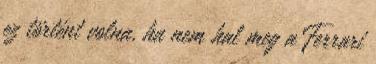
ez történt volna, ha nem hal meg a Ferrari